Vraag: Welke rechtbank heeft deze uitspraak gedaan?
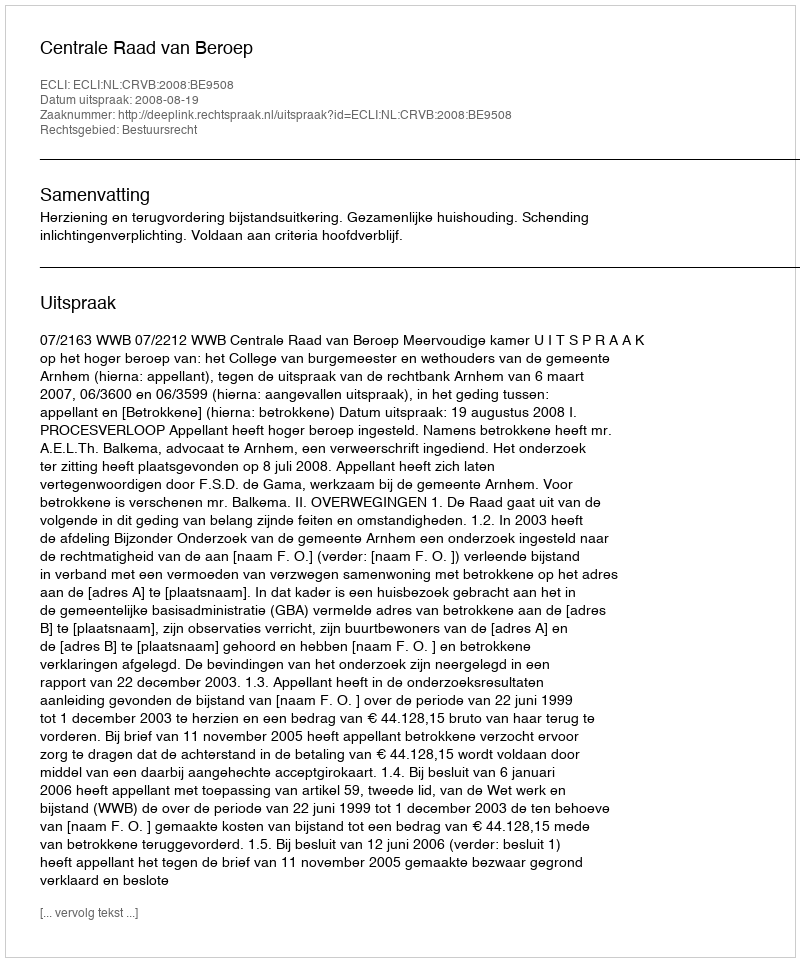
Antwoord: Centrale Raad van Beroep